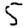
Digit: 5